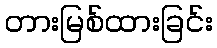
တားမြစ်ထားခြင်း